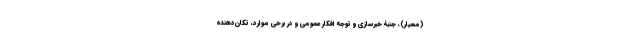
(معیار)، جنبۀ خبرسازی و توجه افکار عمومی و در برخی موارد، تکان‌دهنده